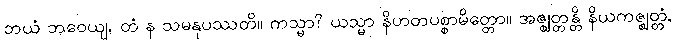
ဘယံ ဘဝေယျ, တံ န သမနုပဿတိ။ ကသ္မာ? ယသ္မာ နိဟတပစ္စာမိတ္တော။ အဇ္ဈတ္တန္တိ နိယကဇ္ဈတ္တံ,